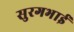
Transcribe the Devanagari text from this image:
सुरगभाई